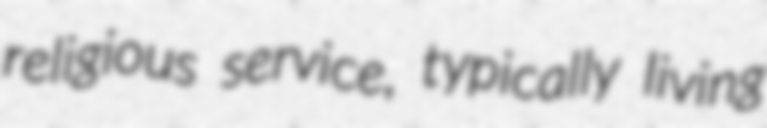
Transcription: religious service, typically living